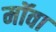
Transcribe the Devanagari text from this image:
मॉवा